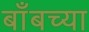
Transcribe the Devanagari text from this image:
बाँबच्या